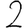
Digit: 2